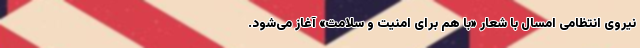
نیروی انتظامی امسال با شعار «با هم برای امنیت و سلامت» آغاز می‌شود.